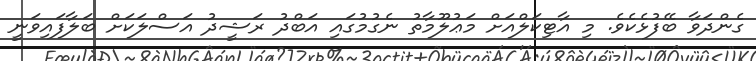
ގެންދަވާ ބޭފުޅެކެވެ. މި އާޓިކަލްއަށް މަޢުލޫމާތު ނެގުމުގައި އަބްދު ރަޝީދު އަސްލަކަށް ބަލާފައިވަނީ